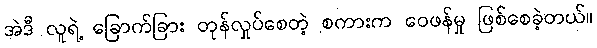
အဲဒီ လူရဲ့ ခြောက်ခြား တုန်လှုပ်စေတဲ့ စကားက ဝေဖန်မှု ဖြစ်စေခဲ့တယ်။